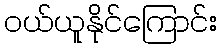
ဝယ်ယူနိုင်ကြောင်း